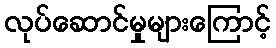
လုပ်ဆောင်မှုများကြောင့်